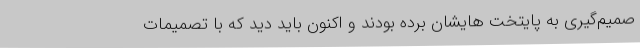
صمیم‌گیری به پایتخت هایشان برده بودند و اکنون باید دید که با تصمیمات